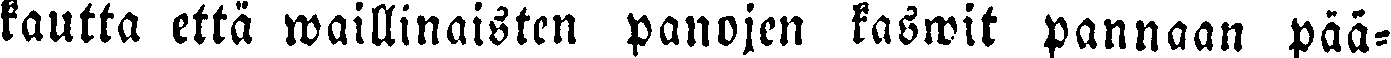
kautta että waillinaisten panojen kaswit pannaan pää-